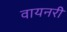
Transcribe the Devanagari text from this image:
वायनरी